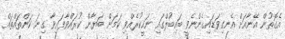
އެގޮތުން އޭނާއަށް އެނގިވަޑައިގެންނެވީ ބައިބުލްގައި ނަހީކުރެއްވި ކަމަށް ބަޔާން ކުރައްވާފައިވާ ގިނަ ކަންތައްތައް